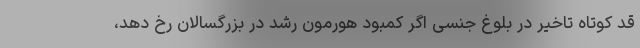
قد کوتاه تاخیر در بلوغ جنسی اگر کمبود هورمون رشد در بزرگسالان رخ دهد،